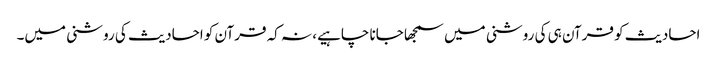
احادیث کو قرآن ہی کی روشنی میں سمجھا جانا چاہیے، نہ کہ قرآن کو احادیث کی روشنی میں۔